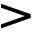
>